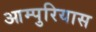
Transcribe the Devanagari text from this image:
आम्पुरियास